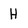
Character: H